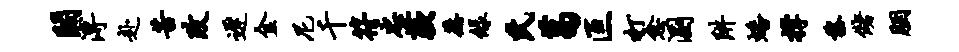
阔溥赴苦改迟金尼千符忠蔌蒸绿氏葛叵打愈溷阱蟠撑黎储胭